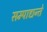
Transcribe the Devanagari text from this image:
सम्पाद्यन्ते